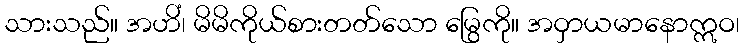
သားသည်။ အဟိံ၊ မိမိကိုယ်စားတတ်သော မြွေကို။ အဝှာယမာနောဣဝ၊